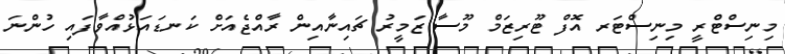
މިނިސްޓްރީ މިނިސްޓަރ އޮފް ޓޫރިޒަމް މޫސާ ޒަމީރު ޗައިނާއިން ރާއްޖެއަށް ކަނޑައަޅުއްވާފައި ހުންނަ